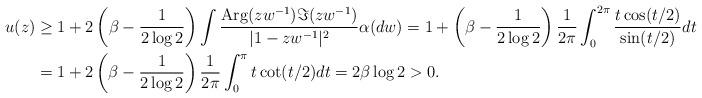
LaTeX: \begin{align*}u(z)&\ge 1+2\left(\beta-\frac{1}{2\log 2}\right)\int \frac{\mathrm{Arg}(zw^{-1})\Im(zw^{-1})}{|1-zw^{-1}|^{2}}\alpha(dw)=1+\left(\beta-\frac{1}{2\log 2}\right)\frac{1}{2\pi}\int_{0}^{2\pi}\frac{t\cos(t/2)}{\sin(t/2)}dt\\ &=1+2\left(\beta-\frac{1}{2\log 2}\right)\frac{1}{2\pi}\int_{0}^{\pi} t\cot(t/2)dt=2\beta\log 2>0. \end{align*}